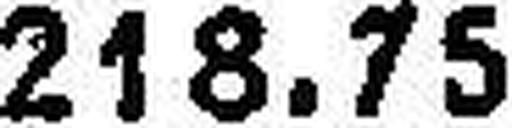
218.75